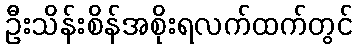
ဦးသိန်းစိန်အစိုးရလက်ထက်တွင်